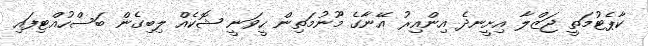
ކާޕެޓުމަތީ ޖަޒްލާ އިށީނދެ އިންއިރު އޭނާގެ މޫނުމަތިން ހީވަނީ ޝޮކެއް ލިބިގެން ބަސްހުއްޓިފައި